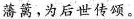
藩篱，为后世传颂。